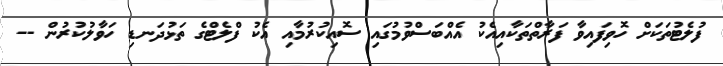
ފުލެޓުތަކަށް ހޮވިފައިވާ ފަރާތްތަކާއިއެކު އެއްބަސްވުމުގައި ސޮއިކުރުމާއި އެކު ފްލެޓްގެ ތަޅުދަނޑި ހަވާލުކުރުން --